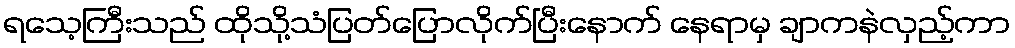
ရသေ့ကြီးသည် ထိုသို့သံပြတ်ပြောလိုက်ပြီးနောက် နေရာမှ ချာကနဲလှည့်ကာ